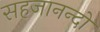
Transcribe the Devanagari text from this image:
सहजानन्दो